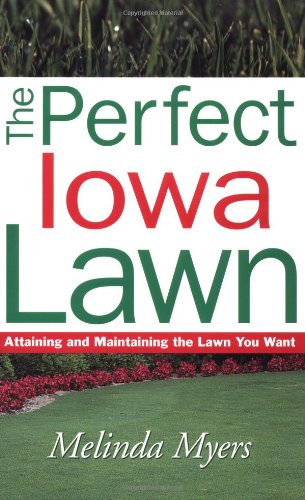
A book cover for Perfect Iowa Lawn (Perfect Lawn Series); Melinda Myers; Crafts, Hobbies & Home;